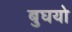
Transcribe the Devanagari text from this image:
बुघयो